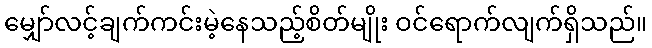
မျှော်လင့်ချက်ကင်းမဲ့နေသည့်စိတ်မျိုး ဝင်ရောက်လျက်ရှိသည်။